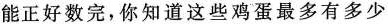
能正好数完，你知道这些鸡蛋最多有多少